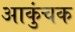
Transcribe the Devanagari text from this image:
आकुंचक